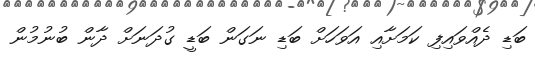
ބަޑި ދެއްވައިފި ކަމަށާއި އަވަހަށް ބަޑި ނަގަން ބަޑީ ގުދަނަށް ދާން ބުނުމުން